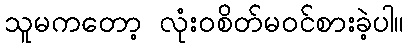
သူမကတော့ လုံးဝစိတ်မဝင်စားခဲ့ပါ။